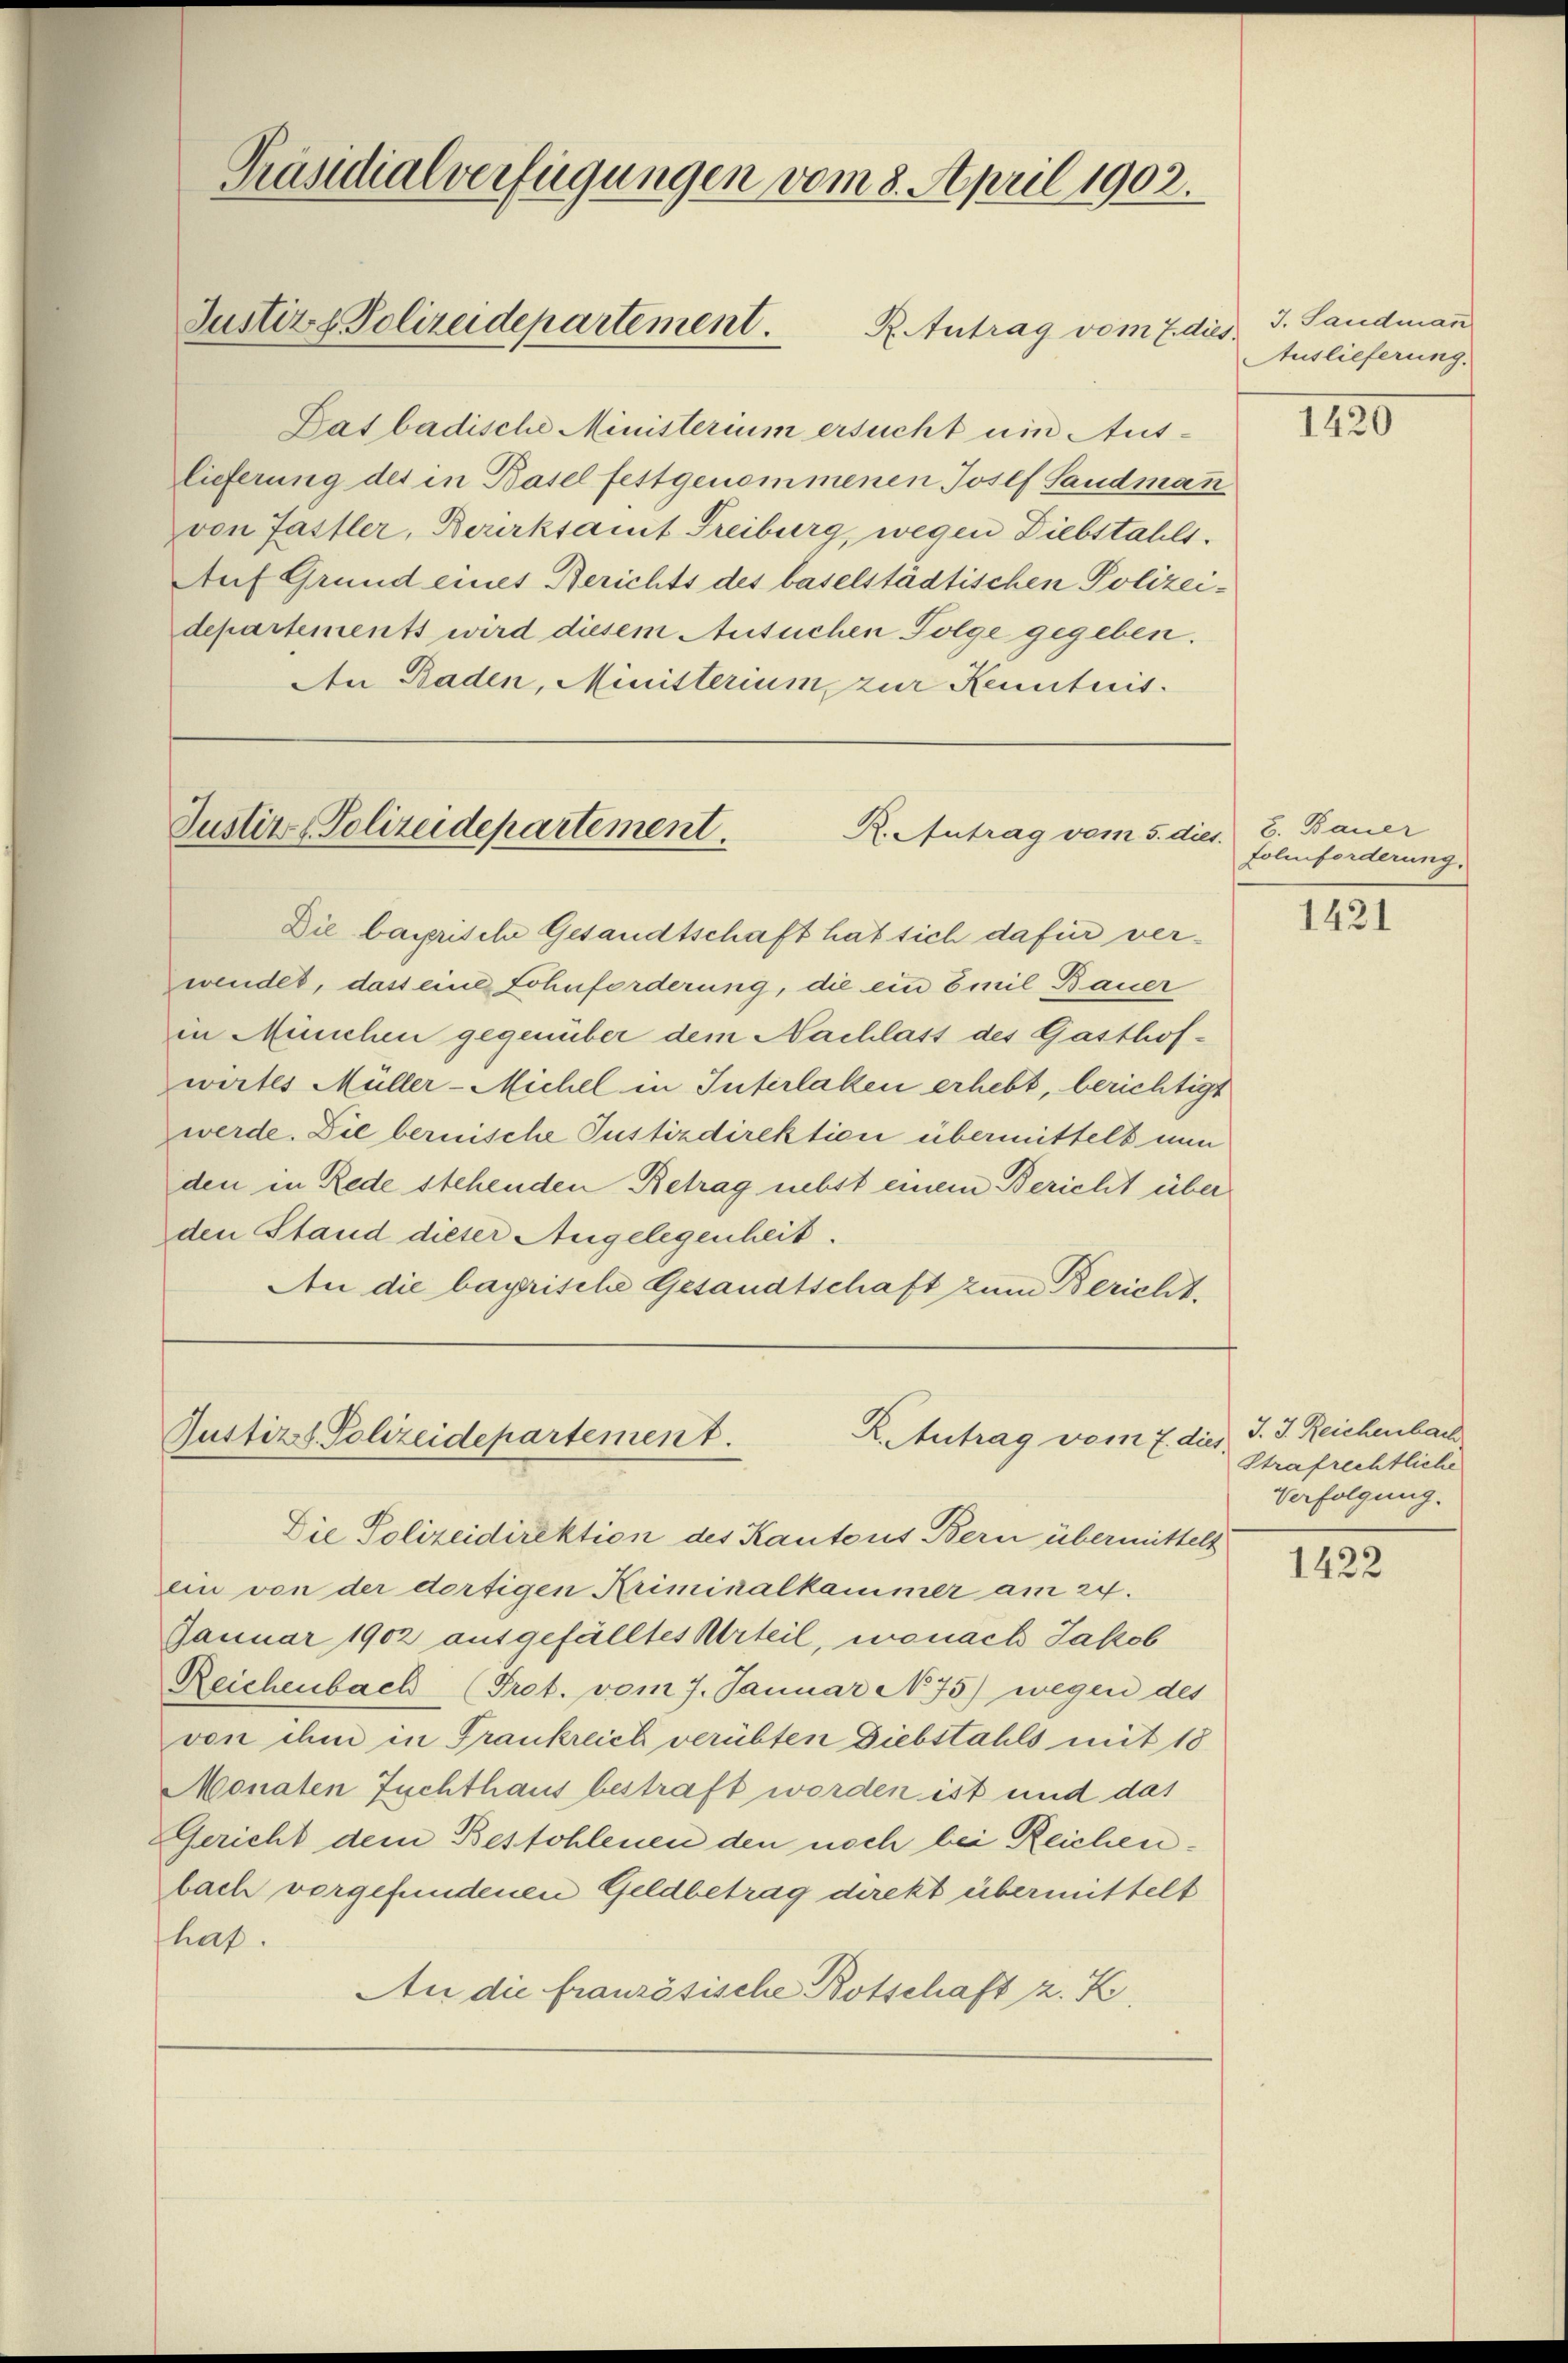
R. Antrag vom 7. dies
Das badische Ministerium ersucht um Aus-
lieferung des in Basel festgenommenen Josef Sandman
von Fastler, Bezirksamt Freiburg, wegen Diebstahls.
Auf Grund eines Berichts des baselstädtischen Polizeidepartements wird diesem Ansuchen Folge gegeben.
An Baden, Ministerium zur Kenntnis.

Justiz & Polizeidepartement.

Präsidialverfügungen vom 8. April 1902.

Justiz - Polizeidepartement.
R. Antrag vom 5. dies

Die bayriseln Gesandtschaft hat sich dafür verwendet, dass eine Lohnforderung, die ein Emil Bauer
in München gegenüber dem Nachlass des Gasthofwertes Müller-Michel in Interlaken erhebt, berichtigt
werde. Die bernische Justizdirektion übermittelt nun
den in Rede stehenden Betrag nebst einem Bericht über
den Stand dieser Angelegenheit.
An die bayrische Gesandtschaft zum Bericht.

Die Polizeidirektion des Kantons Bern übermittelt
ein von der dortigen Kriminalkammer am 24.
Januar 1902 ausgefälltes Urteil, wonach Jakob
Reichenbach (Prot. vom 7. Januar N. 75) wegen des
von ihm in Frankreich verübten Diebstahls mit 18
Monaten Zuchthaus bestraft worden ist und das
Gericht dem Bestohlenen den noch bei Reichenbach vorgefundenen Geldbetrag direkt übermittelt
haf.
An die französische Botschaft z. K.

R. Antrag vom 7. dies
Justizt. Polizeidepartement.

J. Landman
Auslieferung.

1420

B. Bauer
Foliforderung.

1421

J. J. Reichenbach
Strafrechtliche
Verfolgung.

1422